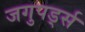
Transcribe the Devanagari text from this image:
जगुपर्ड्स